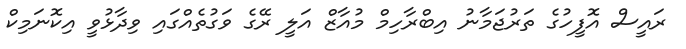
ރައީސް އޮފީހުގެ ތަރުޖަމާނު އިބްރާހިމް މުއާޒް އަލީ ރޭގެ ވަގުތެއްގައި ވިދާޅުވީ އިކޮނަމިކް